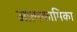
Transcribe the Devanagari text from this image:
आत्मकामिका